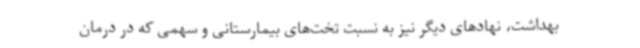
بهداشت، نهادهای دیگر نیز به نسبت تخت‌های بیمارستانی و سهمی که در درمان